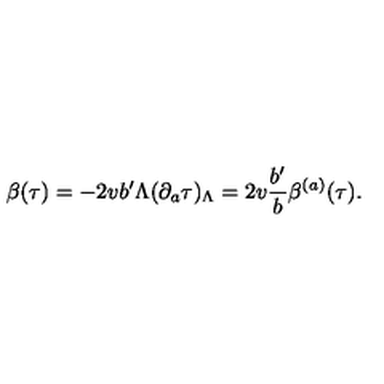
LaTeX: \beta ( \tau ) = - 2 v b ^ { \prime } \Lambda ( \partial _ { a } \tau ) _ { \Lambda } = 2 v { \frac { b ^ { \prime } } { b } } \beta ^ { ( a ) } ( \tau ) .